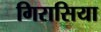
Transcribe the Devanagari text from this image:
गिरासिया